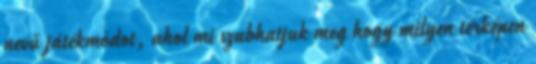
nevű játékmódot, ahol mi szabhatjuk meg hogy milyen térképen